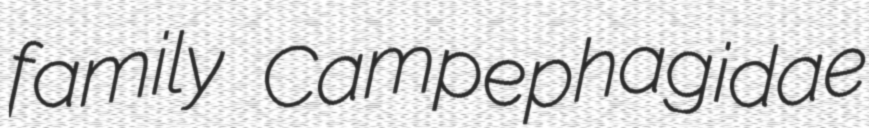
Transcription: family Campephagidae